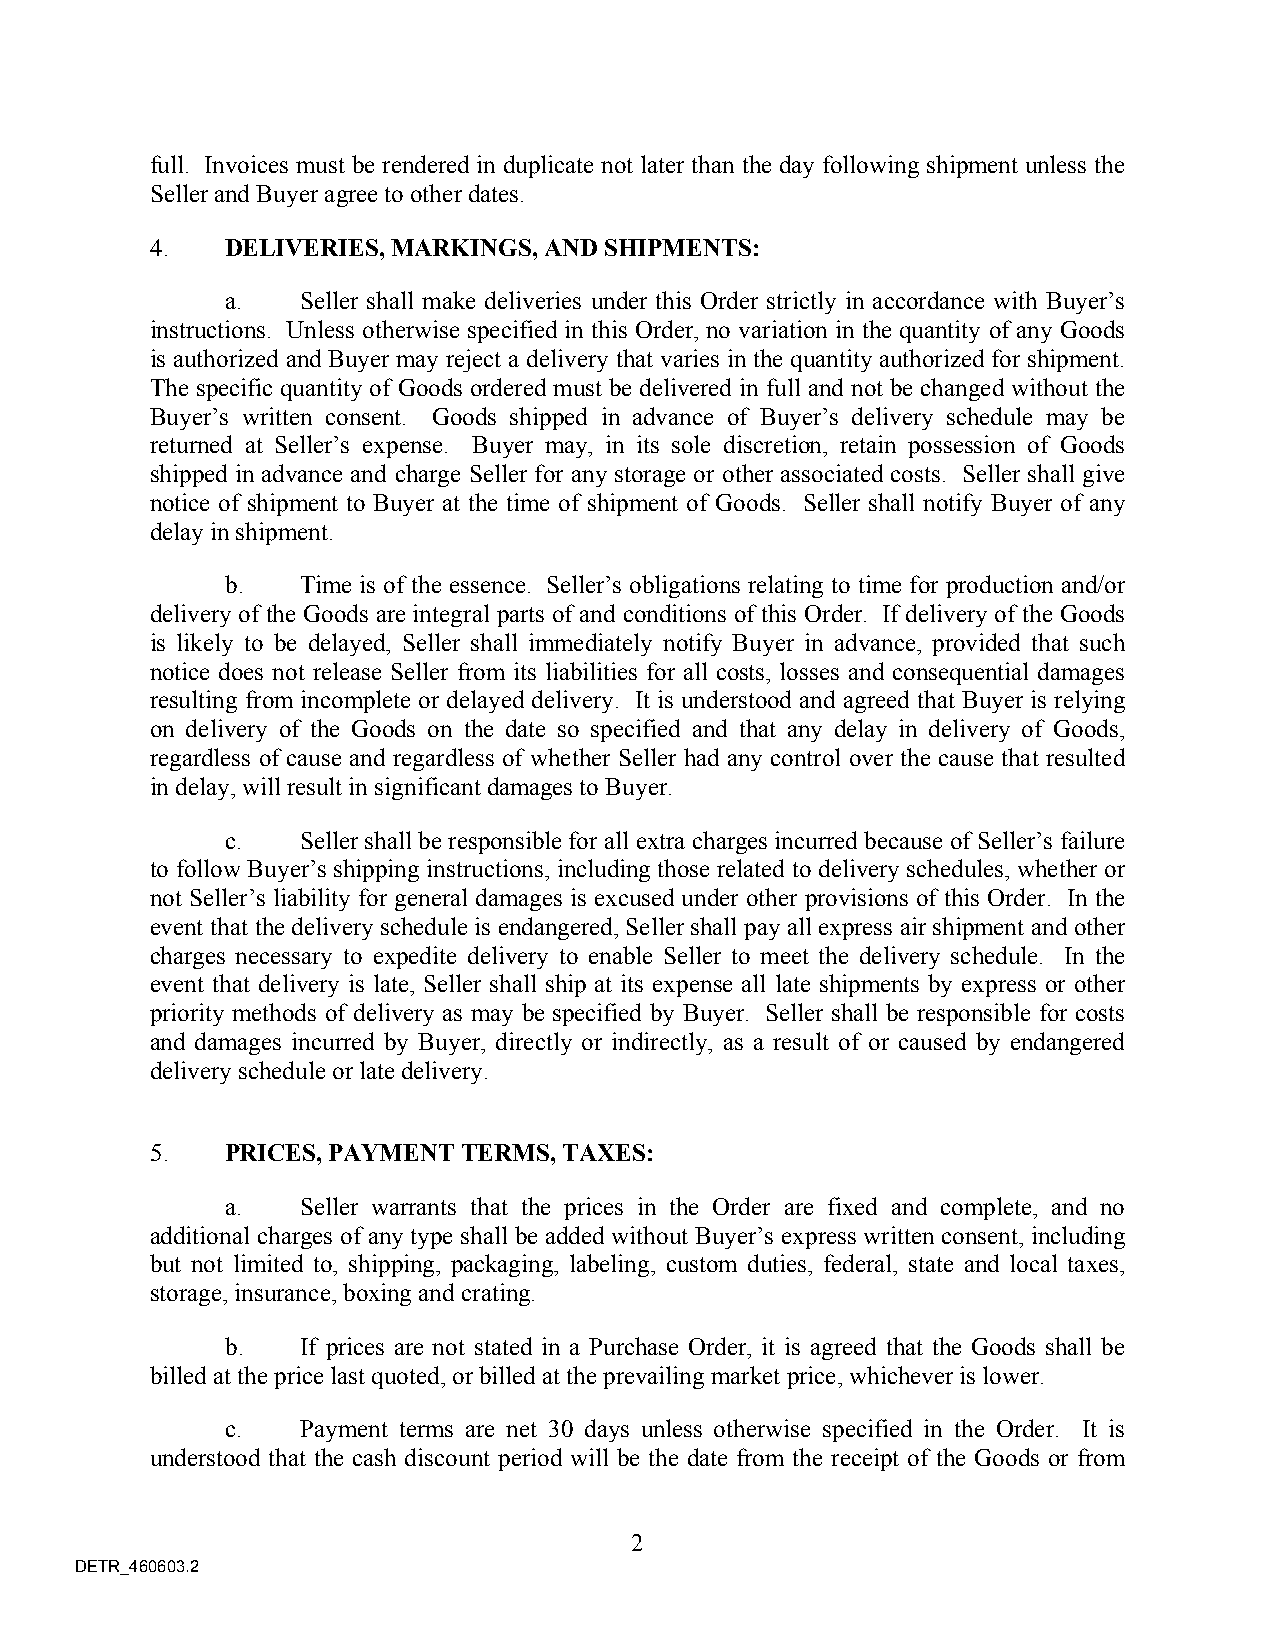
full. Invoices must be rendered in duplicate not later than the day following shipment unless the
 Seller and Buyer agree to other dates.
 4.   DELIVERIES, MARKINGS, AND SHIPMENTS:
 a.   Seller shall make deliveries under this Order strictly in accordance with Buyer’s
 instructions. Unless otherwise specified in this Order, no variation in the quantity of any Goods
 is authorized and Buyer may reject a delivery that varies in the quantity authorized for shipment.
 The specific quantity of Goods ordered must be delivered in full and not be changed without the
 Buyer’s written consent. Goods shipped in advance of Buyer’s delivery schedule may be
 returned at Seller’s expense. Buyer may, in its sole discretion, retain possession of Goods
 shipped in advance and charge Seller for any storage or other associated costs. Seller shall give
 notice of shipment to Buyer at the time of shipment of Goods. Seller shall notify Buyer of any
 delay in shipment.
 b.   Time is of the essence. Seller’s obligations relating to time for production and/or
 delivery of the Goods are integral parts of and conditions of this Order. If delivery of the Goods
 is likely to be delayed, Seller shall immediately notify Buyer in advance, provided that such
 notice does not release Seller from its liabilities for all costs, losses and consequential damages
 resulting from incomplete or delayed delivery. It is understood and agreed that Buyer is relying
 on delivery of the Goods on the date so specified and that any delay in delivery of Goods,
 regardless of cause and regardless of whether Seller had any control over the cause that resulted
 in delay, will result in significant damages to Buyer.
 c.   Seller shall be responsible for all extra charges incurred because of Seller’s failure
 to follow Buyer’s shipping instructions, including those related to delivery schedules, whether or
 not Seller’s liability for general damages is excused under other provisions of this Order. In the
 event that the delivery schedule is endangered, Seller shall pay all express air shipment and other
 charges necessary to expedite delivery to enable Seller to meet the delivery schedule. In the
 event that delivery is late, Seller shall ship at its expense all late shipments by express or other
 priority methods of delivery as may be specified by Buyer. Seller shall be responsible for costs
 and damages incurred by Buyer, directly or indirectly, as a result of or caused by endangered
 delivery schedule or late delivery.
 5.   PRICES, PAYMENT TERMS, TAXES:
 a.   Seller warrants that the prices in the Order are fixed and complete, and no
 additional charges of any type shall be added without Buyer’s express written consent, including
 but not limited to, shipping, packaging, labeling, custom duties, federal, state and local taxes,
 storage, insurance, boxing and crating.
 b.   If prices are not stated in a Purchase Order, it is agreed that the Goods shall be
 billed at the price last quoted, or billed at the prevailing market price, whichever is lower.
 c.   Payment terms are net 30 days unless otherwise specified in the Order. It is
 understood that the cash discount period will be the date from the receipt of the Goods or from
 2
 DETR_460603.2